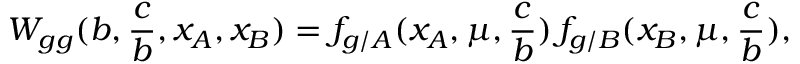
W _ { g g } ( b , \frac { c } { b } , x _ { A } , x _ { B } ) = f _ { g / A } ( x _ { A } , \mu , \frac { c } { b } ) \, f _ { g / B } ( x _ { B } , \mu , \frac { c } { b } ) ,